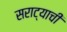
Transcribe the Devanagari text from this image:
सराट्याची